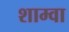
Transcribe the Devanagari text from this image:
शाम्वा